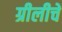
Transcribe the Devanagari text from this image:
ग्रीलीचे